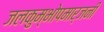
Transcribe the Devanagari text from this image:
जलकुम्भोपमार्जनी